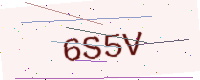
Text: 6S5V